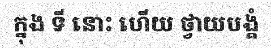
ក្នុង ទី នោះ ហើយ ថ្វាយបង្គំ